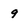
Character: 9